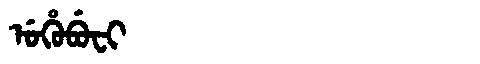
Manchu: ᡠᡥᡠᠪᡠᠸᡳ
Romanization: UHUBUFI